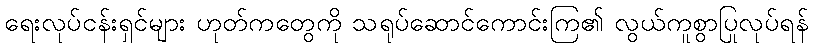
ရေးလုပ်ငန်းရှင်များ ဟုတ်ကတွေကို သရုပ်ဆောင်ကောင်းကြ၏ လွယ်ကူစွာပြုလုပ်ရန်